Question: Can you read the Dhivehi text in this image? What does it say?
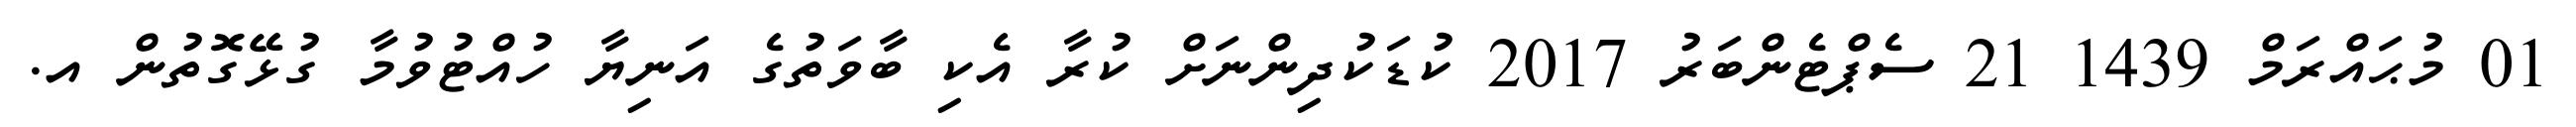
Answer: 01 މުޙައްރަމް 1439 21 ސެޕްޓެންބަރު 2017 ކުޑަކުދިންނަށް ކުރާ އެކި ބާވަތުގެ އަނިޔާ ހުއްޓުވުމާ ގުޅޭގޮތުން އ.